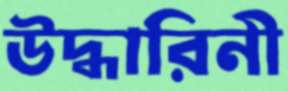
উদ্ধারিনী